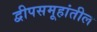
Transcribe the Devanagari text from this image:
द्वीपसमूहांतील